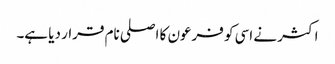
اکثر نے اسی کو فرعون کا اصلی نام قرار دیا ہے۔